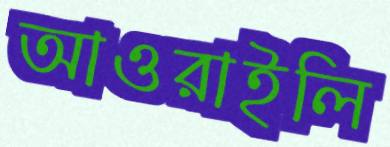
আওরাইলি